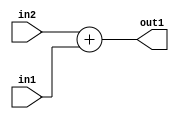
`timescale 1ps / 1ps
/*****************************************************************************
    Verilog RTL Description
    
    
    Created by: Stratus DpOpt 2019.1.01 
*******************************************************************************/

module st_weight_addr_gen_Add_33Sx16U_33S_4_1 (
	in2,
	in1,
	out1
	); /* architecture "behavioural" */ 
input [32:0] in2;
input [15:0] in1;
output [32:0] out1;
wire [32:0] asc001;

assign asc001 = 
	+(in2)
	+(in1);

assign out1 = asc001;
endmodule

/* CADENCE  ubTwTww= : u9/ySgnWtBlWxVPRXgAZ4Og= ** DO NOT EDIT THIS LINE ******/